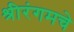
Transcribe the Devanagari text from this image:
श्रीरंगमचे